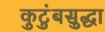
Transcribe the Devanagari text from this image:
कुटुंबसुद्धा